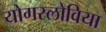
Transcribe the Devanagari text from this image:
योगस्लोविया